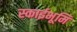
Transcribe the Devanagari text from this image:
स्काईभूमि